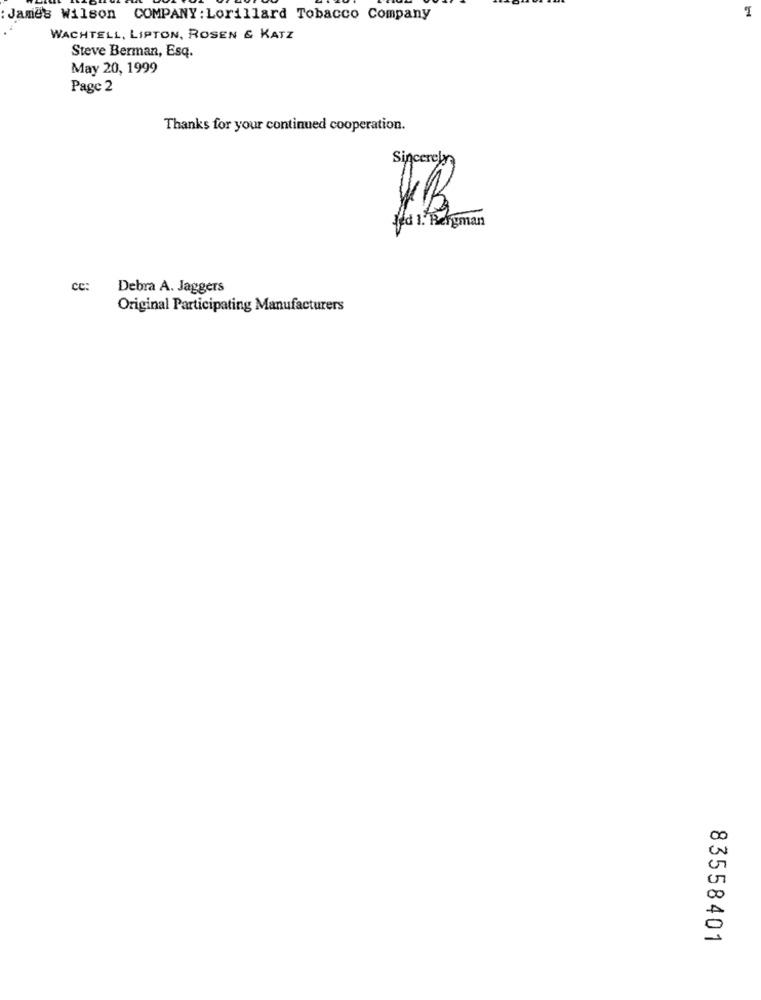
James Wilson COMPANY: Lorillard Tobacco Company
WACHTELL, LIPTON, ROSEN & KATZ
Steve Berman, Esq.
May 20, 1999
Page 2
Thanks for your continued cooperation.
Sincerely
fd 1. Bergman
CC:
Debra A. Jaggers
Original Participating Manufacturers
83558401